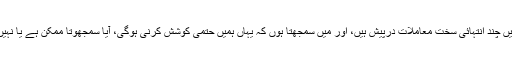
ہمیں چند انتہائی سخت معاملات درپیش ہیں، اور میں سمجھتا ہوں کہ یہاں ہمیں حتمی کوشش کرنی ہوگی، آیا سمجھوتا ممکن ہے یا نہیں‘۔